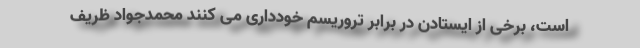
است، برخی از ایستادن در برابر تروریسم خودداری می کنند محمدجواد ظریف